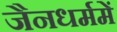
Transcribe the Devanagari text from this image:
जैनधर्ममें